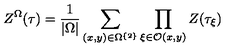
Z ^ { \Omega } ( \tau ) = \frac { 1 } { | \Omega | } \sum _ { ( x , y ) \in \Omega ^ { \left\{ 2 \right\} } } \prod _ { \xi \in \mathcal { O } ( x , y ) } Z ( \tau _ { \xi } )